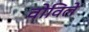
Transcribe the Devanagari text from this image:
वोविले